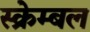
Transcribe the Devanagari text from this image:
स्क्रेम्बल